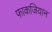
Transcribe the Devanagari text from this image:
फाकजियान